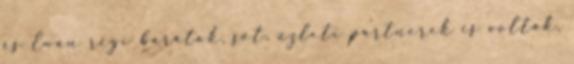
és Ewan régi barátok, sőt, üzleti partnerek is voltak.